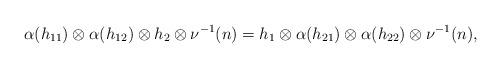
LaTeX: \begin{align*}\alpha(h_{11})\otimes\alpha(h_{12})\otimes h_2\otimes \nu^{-1}(n)=h_1\otimes \alpha(h_{21})\otimes \alpha(h_{22})\otimes \nu^{-1}(n), \end{align*}